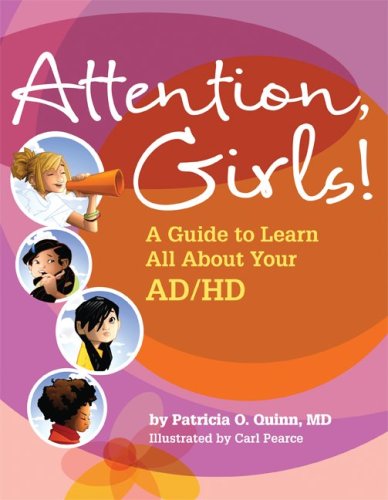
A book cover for Attention, Girls!: A Guide to Learn All About Your Ad/Hd; Patricia O. Quinn; Health, Fitness & Dieting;